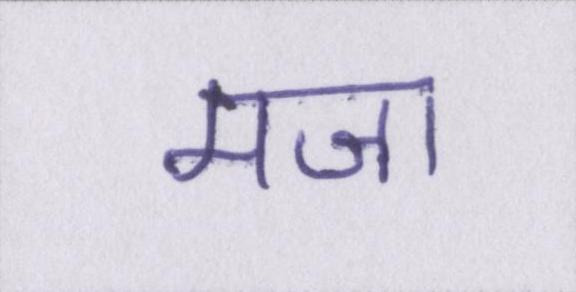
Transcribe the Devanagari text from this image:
मजा